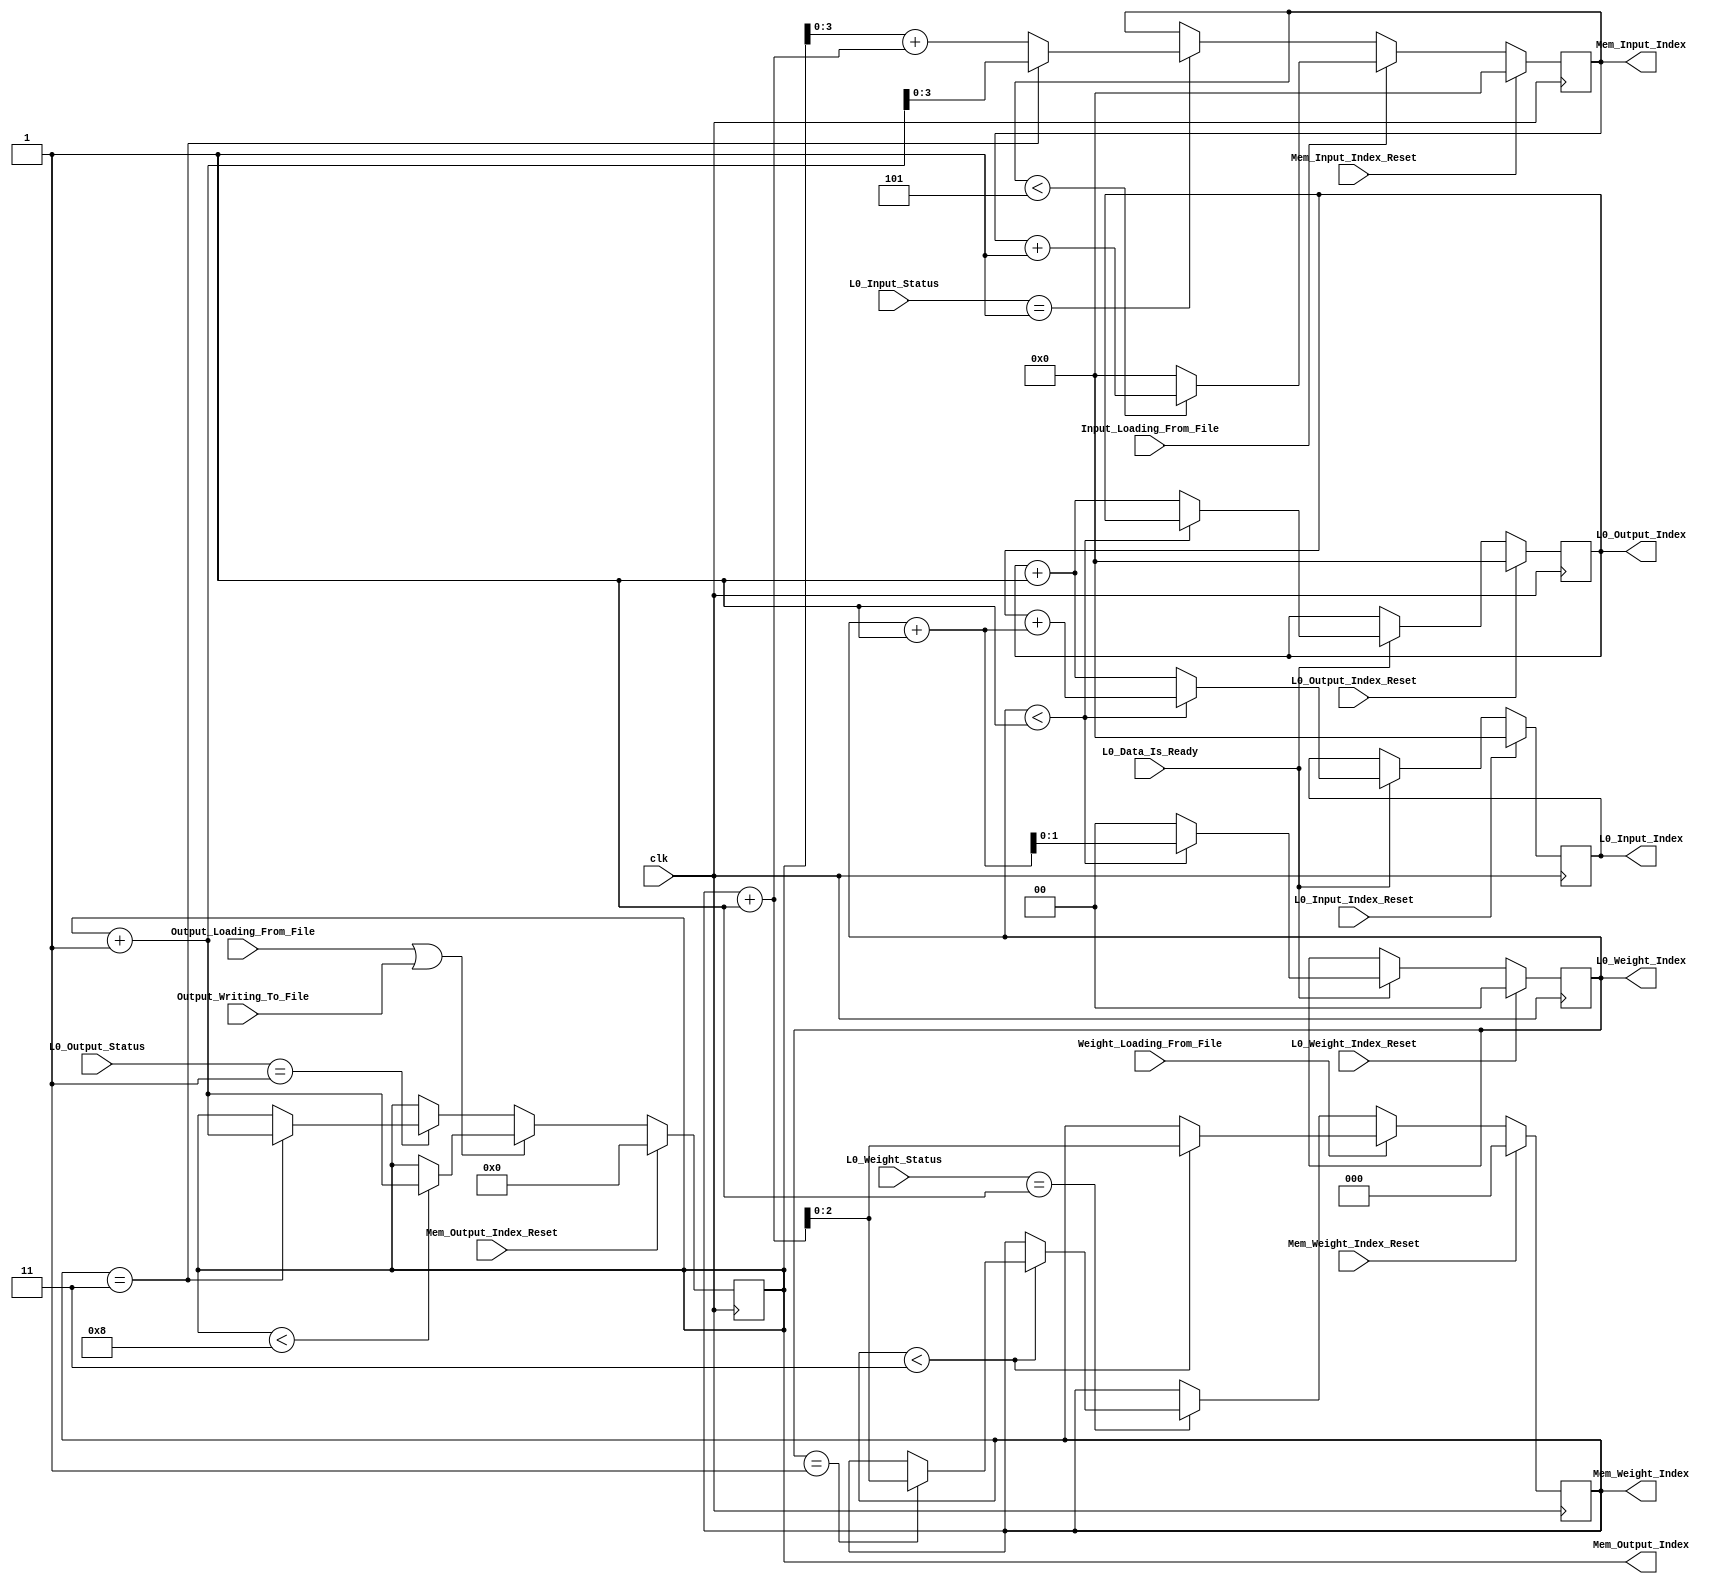
module Mem_Access_Index_Setting
    #(
		parameter Weight_Addr_Width = 2,
		parameter Output_Addr_Width = 3,
		parameter Input_Addr_Width = 4,
        parameter Weight_Nums = 4,
        parameter Output_Nums = 8,
        parameter Input_Nums = Output_Nums - Weight_Nums + 1,
		parameter L0_Weight_Addr_Width = 1,
		parameter L0_Input_Addr_Width = 3,
		parameter L0_Output_Addr_Width = 3,
 		parameter L0_Weight_Nums = 2,
		parameter L0_Input_Nums = 8,
		parameter L0_Output_Nums =  8,       
        parameter Weight_Para_Deg = 1
    )
    (clk, 
    Mem_Weight_Index_Reset, Mem_Input_Index_Reset, Mem_Output_Index_Reset,
    L0_Weight_Index_Reset, L0_Input_Index_Reset, L0_Output_Index_Reset,
	L0_Weight_Status, L0_Input_Status, L0_Output_Status, L0_Data_Is_Ready,
    Weight_Loading_From_File, Output_Loading_From_File, Input_Loading_From_File, Output_Writing_To_File,
    Mem_Weight_Index, Mem_Input_Index, Mem_Output_Index,
    L0_Weight_Index, L0_Input_Index, L0_Output_Index);
    
    input clk;
    input Mem_Weight_Index_Reset, Mem_Input_Index_Reset, Mem_Output_Index_Reset;
    input L0_Weight_Index_Reset, L0_Input_Index_Reset, L0_Output_Index_Reset;
	input [1:0] L0_Weight_Status, L0_Input_Status, L0_Output_Status;
	input L0_Data_Is_Ready;
    input Weight_Loading_From_File, Output_Loading_From_File, Input_Loading_From_File, Output_Writing_To_File;
    output reg [Weight_Addr_Width:0] Mem_Weight_Index;
    output reg [Output_Addr_Width:0] Mem_Input_Index;
    output reg [Input_Addr_Width:0] Mem_Output_Index;
    output reg [L0_Weight_Addr_Width:0] L0_Weight_Index;
    output reg [L0_Input_Addr_Width:0] L0_Input_Index;
    output reg [L0_Output_Addr_Width:0] L0_Output_Index;

		always@(posedge clk) begin
			//Memory weight
			if (Mem_Weight_Index_Reset) begin
				Mem_Weight_Index <= 0;
			end
			else if(Weight_Loading_From_File) begin
				if (Mem_Weight_Index < Weight_Nums - 1) begin
					//Mem_Weight_Index <= Mem_Weight_Index + Para_Deg;
					Mem_Weight_Index <= Mem_Weight_Index + 1; 
				end
				else begin
					Mem_Weight_Index <= Mem_Weight_Index;
				end
			end
			else if (L0_Weight_Status == 2'b01) begin
				if (Mem_Weight_Index < Weight_Nums - 1) begin
					if(L0_Weight_Index == L0_Weight_Nums - 1) begin
						//Mem_Weight_Index <= Mem_Weight_Index + Para_Deg;
						Mem_Weight_Index <= Mem_Weight_Index + 1; 
					end
					else begin
						Mem_Weight_Index <= Mem_Weight_Index;
					end 
				end
				else begin
					Mem_Weight_Index <= Mem_Weight_Index;
				end				
			end
			else begin
				Mem_Weight_Index <= Mem_Weight_Index;
			end

			//Memory input
			if (Mem_Input_Index_Reset) begin
				Mem_Input_Index <= 0;
			end
			else if (Input_Loading_From_File) begin
				if (Mem_Input_Index < Input_Nums) begin
					//Mem_Input_Index <= Mem_Input_Index + Para_Deg;
					Mem_Input_Index <= Mem_Input_Index + 1;
				end
				else begin
					Mem_Input_Index <= 0;
				end
			end
			else if(L0_Input_Status == 2'b01) begin
				if(Mem_Weight_Index == Weight_Nums - 1) begin
					//Mem_Input_Index <= (Mem_Output_Index + Para_Deg);
					Mem_Input_Index <= (Mem_Output_Index + 1);
				end
				else begin
					//Mem_Input_Index <= Mem_Output_Index + (Mem_Weight_Index + Para_Deg);
					Mem_Input_Index <= Mem_Output_Index + (Mem_Weight_Index + 1);
				end
			end
			else begin
				Mem_Input_Index <= Mem_Input_Index;
			end

			//Memory output
			if (Mem_Output_Index_Reset) begin
				Mem_Output_Index <= 0;
			end
			else if (Output_Loading_From_File || Output_Writing_To_File) begin
				if (Mem_Output_Index < Output_Nums) begin
					//Mem_Output_Index <= Mem_Output_Index + Para_Deg;
					Mem_Output_Index <= Mem_Output_Index + 1;
				end
				else begin
					Mem_Output_Index <= Mem_Output_Index;
				end
			end
			else if (L0_Output_Status == 2'b01) begin
				if (Mem_Weight_Index == Weight_Nums - 1) begin
					// Mem_Output_Index <= Mem_Output_Index + Para_Deg;
					Mem_Output_Index <= Mem_Output_Index + 1;
				end
				else begin
					Mem_Output_Index <= Mem_Output_Index;
				end
			end
			else begin
				Mem_Output_Index <= Mem_Output_Index;
			end


			// L0 Weight
			if(L0_Weight_Index_Reset) begin
				L0_Weight_Index <= 0;
			end
			else if(L0_Data_Is_Ready) begin
				if(L0_Weight_Index < (L0_Weight_Nums - 1)) begin
					L0_Weight_Index <= L0_Weight_Index + 1;
				end
				else begin
					L0_Weight_Index <= 0;
				end
			end
			else begin
				L0_Weight_Index <= L0_Weight_Index;
			end

			// L0 Input
			if(L0_Input_Index_Reset) begin
				L0_Input_Index <= 0;
			end
			else if(L0_Data_Is_Ready) begin
				if(L0_Weight_Index < (L0_Weight_Nums - 1)) begin
					L0_Input_Index <= L0_Output_Index + (L0_Weight_Index + 1);
				end
				else begin
					L0_Input_Index <= (L0_Output_Index + 1);
				end
			end
			else begin
				L0_Input_Index <= L0_Input_Index;
			end
			
			// L0 Output
			if(L0_Output_Index_Reset) begin
				L0_Output_Index <= 0;
			end
			else if(L0_Data_Is_Ready) begin
				if(L0_Weight_Index < (L0_Weight_Nums - 1)) begin
					L0_Output_Index <= L0_Output_Index;
				end
				else begin
					L0_Output_Index <= L0_Output_Index + 1;
				end
			end
			else begin
				L0_Output_Index <= L0_Output_Index;
			end
		
		end
endmodule